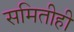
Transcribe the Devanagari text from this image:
समितीही